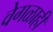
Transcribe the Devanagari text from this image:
वेगळाही